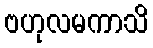
ဗဟုလမကာသိ